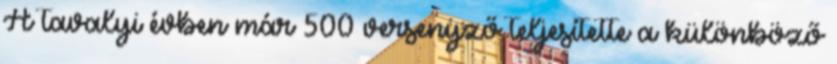
A tavalyi évben már 500 versenyző teljesítette a különböző